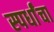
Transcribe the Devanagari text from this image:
स्पर्धांंचा